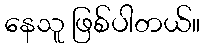
နေသူ ဖြစ်ပါတယ်။